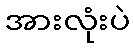
အားလုံးပဲ